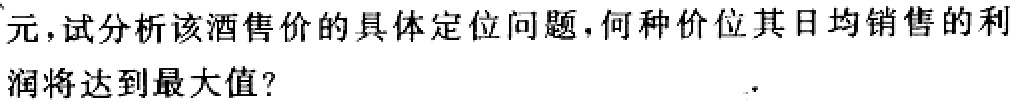
元，试分析该酒售价的具体定位问题，何种价位其日均销售的利
润将达到最大值？